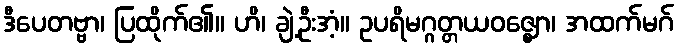
ဒီပေတဗ္ဗာ၊ ပြထိုက်၏။ ဟိ၊ ချဲ့ဦးအံ့။ ဥပရိမဂ္ဂတ္တယဝဇ္ဈော၊ အထက်မဂ်